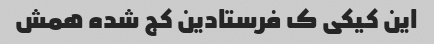
این کیکی ک فرستادین کج شده همش